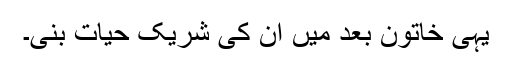
یہی خاتون بعد میں ان کی شریک حیات بنی۔